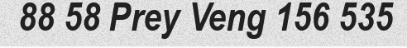
88 58 Prey Veng 156 535